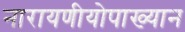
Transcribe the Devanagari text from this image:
नारायणीयोपाख्यान